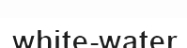
white-water